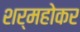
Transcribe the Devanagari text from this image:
शर्महोकर